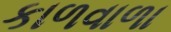
કાળવાળા